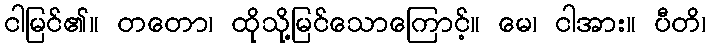
ငါမြင်၏။ တတော၊ ထိုသို့မြင်သောကြောင့်။ မေ၊ ငါအား။ ပီတိ၊